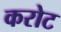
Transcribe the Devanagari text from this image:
करोट